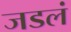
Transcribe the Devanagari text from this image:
जडलं